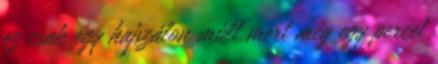
ez csak egy hajszálon múlt mert még egy percet